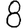
Digit: 8